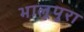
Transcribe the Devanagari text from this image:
भालूपुरा